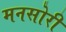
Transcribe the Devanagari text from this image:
मनसोरी